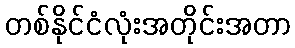
တစ်နိုင်ငံလုံးအတိုင်းအတာ